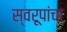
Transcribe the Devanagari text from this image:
स्वरूपांचा